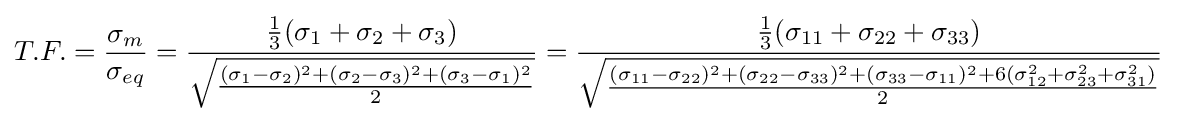
T.F.={\frac {\sigma _{m}}{\sigma _{eq}}}={\frac {{\frac {1}{3}}(\sigma _{1}+\sigma _{2}+\sigma _{3})}{\sqrt {\frac {(\sigma _{1}-\sigma _{2})^{2}+(\sigma _{2}-\sigma _{3})^{2}+(\sigma _{3}-\sigma _{1})^{2}}{2}}}}={\frac {{\frac {1}{3}}(\sigma _{11}+\sigma _{22}+\sigma _{33})}{\sqrt {\frac {(\sigma _{11}-\sigma _{22})^{2}+(\sigma _{22}-\sigma _{33})^{2}+(\sigma _{33}-\sigma _{11})^{2}+6(\sigma _{12}^{2}+\sigma _{23}^{2}+\sigma _{31}^{2})}{2}}}}